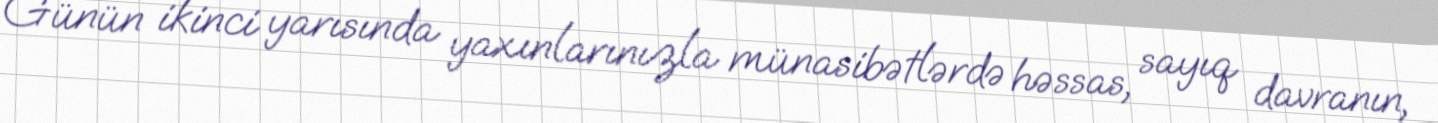
Günün ikinci yarısında yaxınlarınızla münasibətlərdə həssas, sayıq davranın,